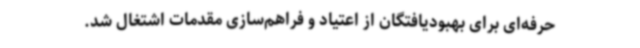
حرفه‌ای برای بهبودیافتگان از اعتیاد و فراهم‌سازی مقدمات اشتغال شد.